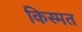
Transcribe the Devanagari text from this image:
किस्‍मत